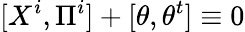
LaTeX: [X^{i},\Pi^{i}]+[\theta,\theta^{t}]\equiv 0